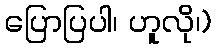
ပြောပြပါ၊ ဟူလို၊)